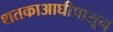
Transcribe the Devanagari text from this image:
शतकाआघीपासून